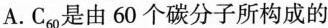
A.C_{60}是由60个碳分子所构成的